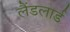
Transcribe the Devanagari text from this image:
लैंडलार्ड